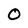
Character: 0